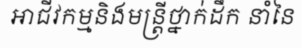
អាជីវកម្មនិងមន្ត្រីថ្នាក់ដឹក នាំនៃ